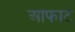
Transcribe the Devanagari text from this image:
आफाट